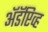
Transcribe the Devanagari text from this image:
अॅडॅप्टिव्ह